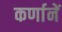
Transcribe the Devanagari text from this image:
कर्णानें